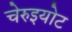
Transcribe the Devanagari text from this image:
चेरुइयोट